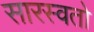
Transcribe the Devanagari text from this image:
सारस्वतो